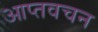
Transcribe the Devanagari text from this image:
आप्तवचन